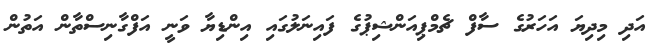
އަދި މިދިޔަ އަހަރުގެ ސާފް ޗެމްޕިއަންޝިޕުގެ ފައިނަލުގައި އިންޑިޔާ ވަނީ އަފްގާނިސްތާން އަތުން